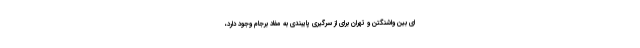
ای بین واشنگتن و تهران برای از سرگیری پایبندی به مفاد برجام وجود دارد،